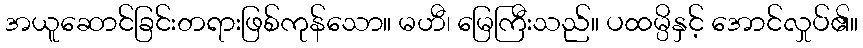
အယူဆောင်ခြင်းတရားဖြစ်ကုန်သော။ မဟီ၊ မြေကြီးသည်။ ပထမ္ပိနှင့် အောင်လှုပ်၏။